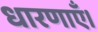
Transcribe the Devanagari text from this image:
धारणाएँ।